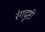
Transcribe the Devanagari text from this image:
रंगदृष्टी